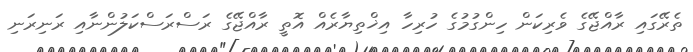
ތެރޭގައި ރާއްޖޭގެ ވެރިކަން ހިންގުމުގެ ހުރިހާ އިޚްތިޔާރެއް އޮތީ ރާއްޖޭގެ ރަސްރަސްކަލުންނާއި ރަނިރަނި